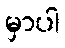
မှာပါ